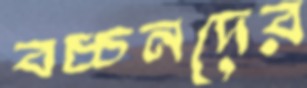
বচ্চনদের